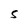
Character: S